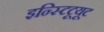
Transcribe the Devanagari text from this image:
इन्स्टिटूयूट